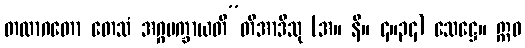
တထာဂတော တေသံ အဂ္ဂမက္ခာယတီ”တိအာဒီသု (အ။ နိ။ ၄။၃၄) သေဋ္ဌေ။ ဣဓ